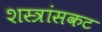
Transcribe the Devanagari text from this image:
शस्त्रांसकट